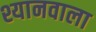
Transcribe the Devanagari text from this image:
श्यानवाला